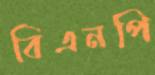
বিএনপি